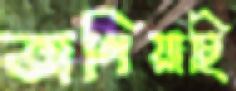
ভাগিয়াছি